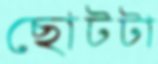
ছোটটা